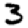
Digit: 3